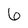
Character: 6